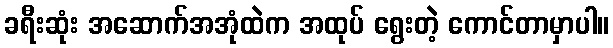
ခရီးဆုံး အဆောက်အအုံထဲက အထုပ် ရွေးတဲ့ ကောင်တာမှာပါ။